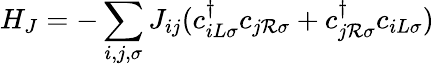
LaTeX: H_{J}=-\sum_{i,j,\sigma}J_{ij}(c_{iL\sigma}^{\dagger}c_{j\mathcal{R}\sigma}+c_{j\mathcal{R}\sigma}^{\dagger}c_{iL\sigma})